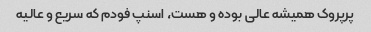
پرپروک همیشه عالی بوده و هست، اسنپ فودم که سریع و عالیه